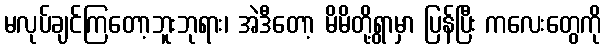
မလုပ်ချင်ကြတော့ဘူးဘုရား၊ အဲဒီတော့ မိမိတို့ရွာမှာ ပြန်ပြီး ကလေးတွေကို